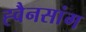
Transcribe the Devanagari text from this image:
ह्वैनसांग